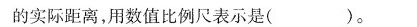
的实际距离，用数值比例尺表示是( )。